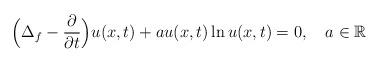
LaTeX: \begin{align*}\displaystyle \Big(\Delta_f - \frac{\partial}{\partial t}\Big) u(x,t) +a u(x,t) \ln u(x,t) = 0, \ \ \ a \in \mathbb{R}\end{align*}